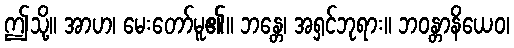
ဤသို့။ အာဟ၊ မေးတော်မူ၏။ ဘန္တေ၊ အရှင်ဘုရား။ ဘဝန္တာနိယေဝ၊